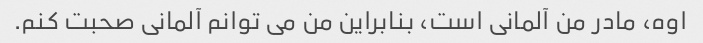
اوه، مادر من آلمانی است، بنابراین من می توانم آلمانی صحبت کنم.